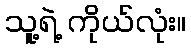
သူ့ရဲ့ ကိုယ်လုံး။